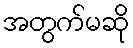
အတွက်မဆို